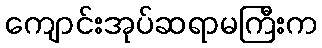
ကျောင်းအုပ်ဆရာမကြီးက